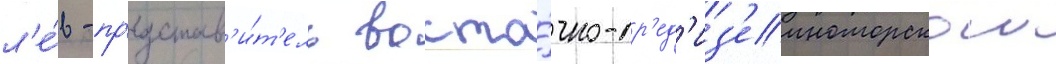
л'е́в - пр'едстав'и́т'ель восто́чно-ср'ед'из'емноморскои